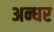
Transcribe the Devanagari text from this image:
अन्धर